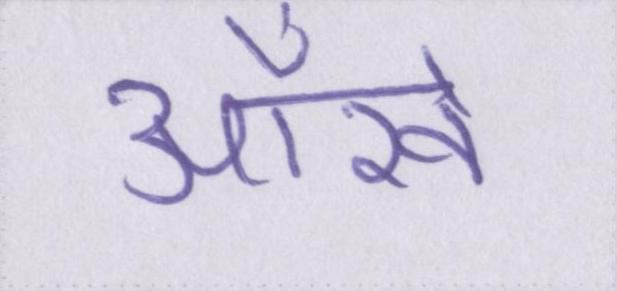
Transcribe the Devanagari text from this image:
आँखें